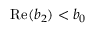
\mathrm { R e } ( b _ { 2 } ) < b _ { 0 }